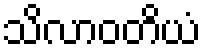
သိလာဝတိယံ